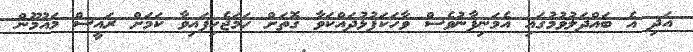
އަދި އެ ބައްދަލުވުމުގައި އެމަނިފާނުވެސް ވާހަކަފުޅުދައްކަވާ ގޮތަށް ހަމަޖެހިފައިވާ ކަމަށް ރައީސް މައުމޫން